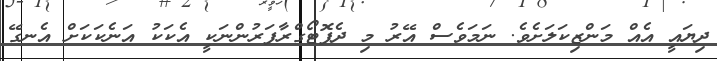
ދިޔައީ އެއް މަންޒިކަލަށެވެ. ނަމަވެސް އޭރު މި ދެފޮޓޯގްރާފަރުންނަކީ އެކަކު އަނެކަކަށް އެނގޭ